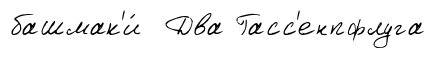
башмак'и́ Два Гасс'енпфлуга